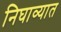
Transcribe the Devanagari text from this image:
निघाव्यात